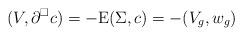
LaTeX: \begin{align*}(V,\partial^\square c) = - \mathrm{E}(\Sigma,c) = -(V_g,w_g)\end{align*}